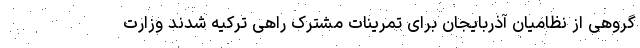
گروهی از نظامیان آذربایجان برای تمرینات مشترک راهی ترکیه شدند وزارت